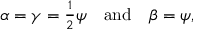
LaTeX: \alpha = \gamma = { \textstyle { \frac { 1 } { 2 } } } \psi \quad \mathrm { a n d } \quad \beta = \psi ,